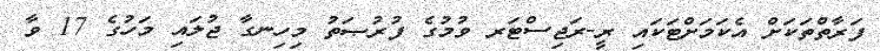
ފަރާތްތަކަށް އެކަމަށްޓަކައި ރީ-ރަޖިސްޓަރ ވުމުގެ ފުރުޞަތު މިހިނގާ ޖުލައި މަހުގެ 17 ވާ